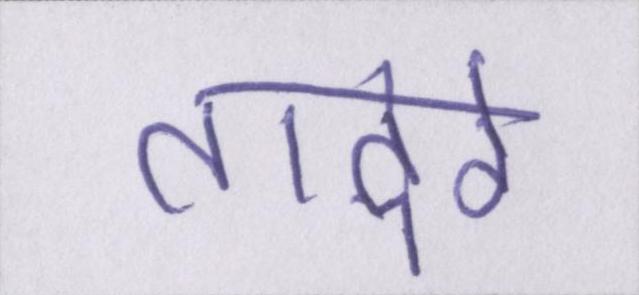
तादेरे